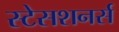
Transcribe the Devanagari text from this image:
स्टेसशनर्स